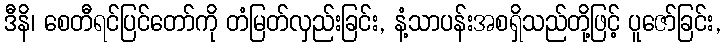
ဒီနိ၊ စေတီရင်ပြင်တော်ကို တံမြတ်လှည်းခြင်း, နံ့သာပန်းအစရှိသည်တို့ဖြင့် ပူဇော်ခြင်း,